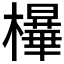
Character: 𰘿